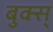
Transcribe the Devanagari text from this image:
बुक्स्